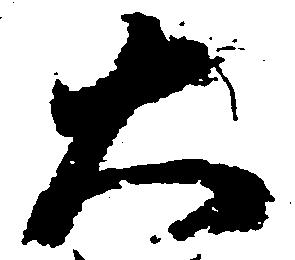
大